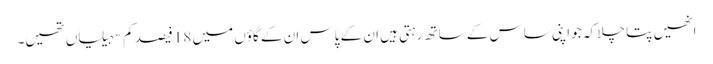
انھیں پتا چلا کہ جو اپنی ساس کے ساتھ رہتی ہیں ان کے پاس ان کے گاؤں میں 18 فیصد کم سہیلیاں تھیں۔